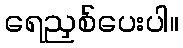
ရေညှစ်ပေးပါ။